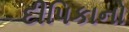
દીપિકાનો